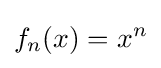
f_{n}(x)=x^{n}